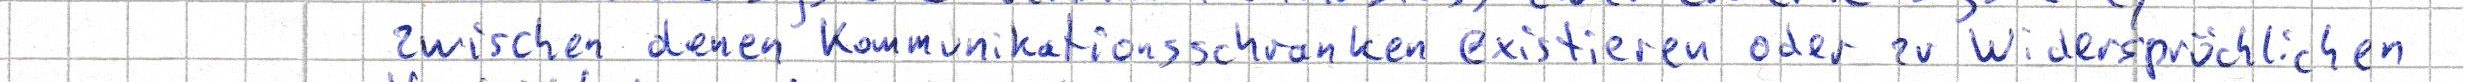
zwischen denen Kommunikationsschranken existieren oder zu widersprüchlichen